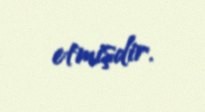
etmişdir.